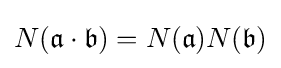
N({\mathfrak {a}}\cdot {\mathfrak {b}})=N({\mathfrak {a}})N({\mathfrak {b}})